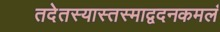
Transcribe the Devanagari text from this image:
तदेतस्यास्तस्माद्वदनकमलं